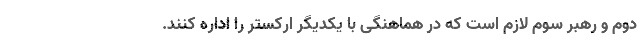
دوم و رهبر سوم لازم است که در هماهنگی با یکدیگر ارکستر را اداره کنند.